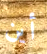
أين